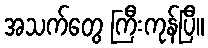
အသက်တွေ ကြီးကုန်ပြီ။